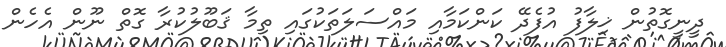
ދީނީގޮތުން ޚިލާފު އުފެދޭ ކަންކަމާއި މައްސަލަތަކުގައި ތިމާ ޤަބޫލުކުރާ ގޮތް ނޫން އެހެން